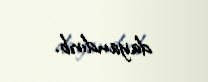
dayandırıb.